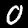
Label: 0